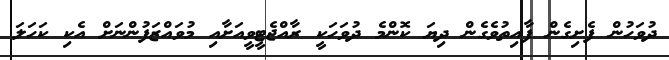
ދުވަހުން ފެށިގެން ފާއިތުވެގެން ދިޔަ ކޮންމެ ދުވަހަކީ ރާއްޖެޓީވީއަށާއި މުވައްޒަފުންނަށް އެކި ކަހަލަ